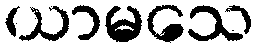
ယာမသေ